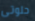
حلوتى